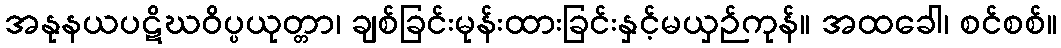
အနုနယပဋိဃဝိပ္ပယုတ္တာ၊ ချစ်ခြင်းမုန်းထားခြင်းနှင့်မယှဉ်ကုန်။ အထခေါ၊ စင်စစ်။